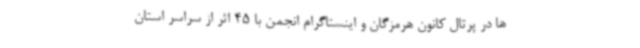
ها در پرتال کانون هرمزگان و اینستاگرام انجمن با 45 اثر از سراسر استان